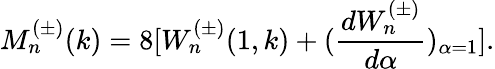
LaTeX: M_{n}^{(\pm)}(k)=8[W_{n}^{(\pm)}(1,k)+(\frac{dW_{n}^{(\pm)}}{d\alpha})_{\alpha=1}].